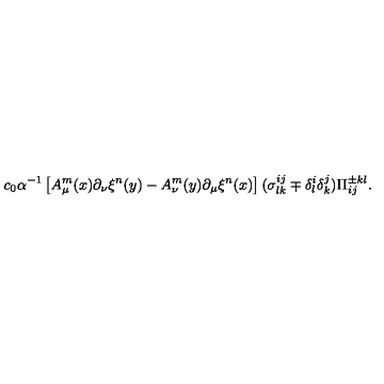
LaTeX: c _ { 0 } \alpha ^ { - 1 } \left[ A _ { \mu } ^ { m } ( x ) \partial _ { \nu } \xi ^ { n } ( y ) - A _ { \nu } ^ { m } ( y ) \partial _ { \mu } \xi ^ { n } ( x ) \right] ( \sigma _ { l k } ^ { i j } \mp \delta _ { l } ^ { i } \delta _ { k } ^ { j } ) \Pi _ { i j } ^ { \pm k l } .